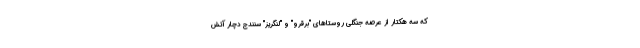
که سه هکتار از عرصه جنگلی روستاهای "برقرو" و "لنگریز" سنندج دچار آتش